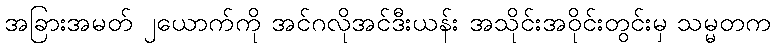
အခြားအမတ် ၂ယောက်ကို အင်ဂလိုအင်ဒီးယန်း အသိုင်းအဝိုင်းတွင်းမှ သမ္မတက